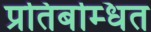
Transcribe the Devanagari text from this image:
प्रतिबम्धित